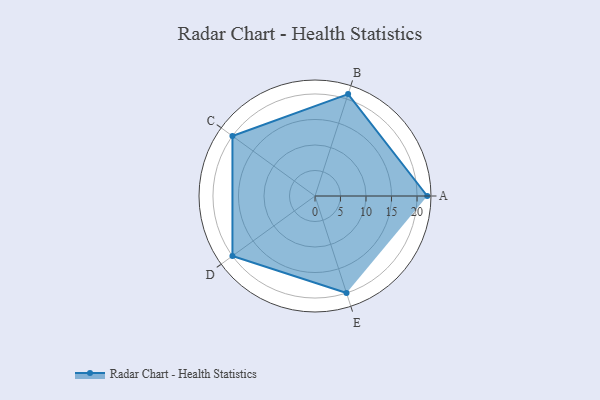
{"axis": {"x": "Skill", "y": "Score"}, "legend": ["Profile"], "data": [{"x": "A", "y": 22.0, "type": "Profile"}, {"x": "B", "y": 21.0, "type": "Profile"}, {"x": "C", "y": 20, "type": "Profile"}, {"x": "D", "y": 20, "type": "Profile"}, {"x": "E", "y": 20, "type": "Profile"}]}